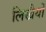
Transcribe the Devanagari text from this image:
लिखैयों